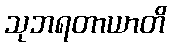
သုဘရတာယာတိ